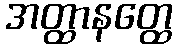
အတ္ထာနတ္ထေ